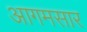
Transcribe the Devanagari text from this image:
आगमसार